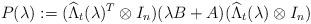
LaTeX: \begin{align*}P(\lambda):=(\widehat{\Lambda}_t(\lambda)^T\otimes I_n)(\lambda B+A)(\widehat{\Lambda}_t(\lambda)\otimes I_n)\end{align*}